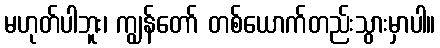
မဟုတ်ပါဘူး၊ ကျွန်တော် တစ်ယောက်တည်းသွားမှာပါ။